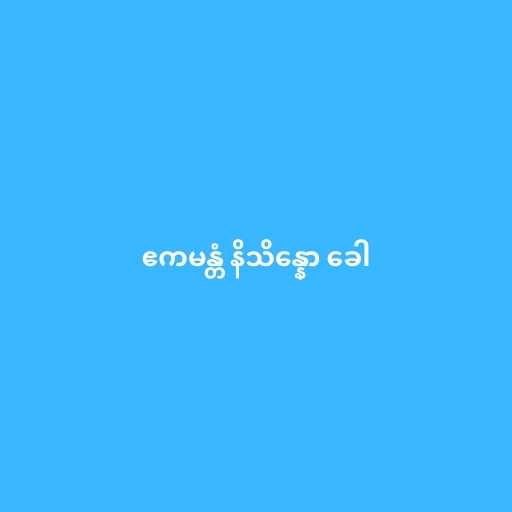
ဧကမန္တံ နိသိန္နော ခေါ